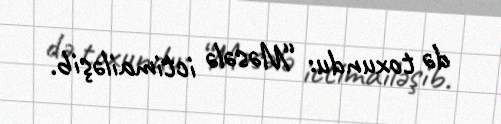
də toxundu: “Məsələ ictimailəşib.